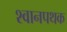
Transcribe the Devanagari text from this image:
श्वानपथक